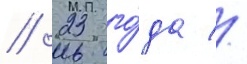
// 23 го́да //